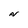
Character: N